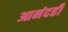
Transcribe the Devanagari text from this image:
आनंदही